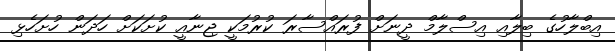
އިބްލާހުގެ ބިލާއި އިސްލާމް ދީނަށް ފުރައްސާރަ ކުރުމަކީ ޖިނާއީ ކުށަކަށް ހަދަން ހުށަހެޅި